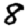
Digit: 8